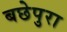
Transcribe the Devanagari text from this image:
बछेपुरा